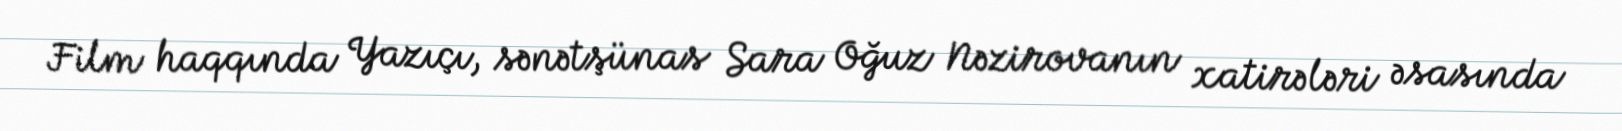
Film haqqında Yazıçı, sənətşünas Sara Oğuz Nəzirovanın xatirələri əsasında